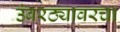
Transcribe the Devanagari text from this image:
उंबरठ्यावरचा